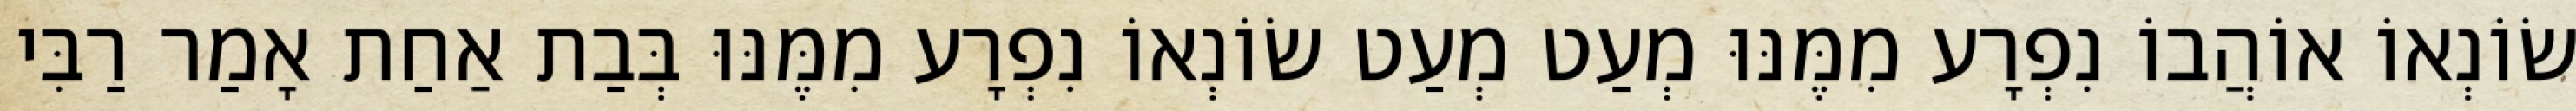
שׂוֹנְאוֹ אוֹהֲבוֹ נִפְרָע מִמֶּנּוּ מְעַט מְעַט שׂוֹנְאוֹ נִפְרָע מִמֶּנּוּ בְּבַת אַחַת אָמַר רַבִּי